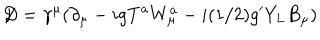
\not { \! \! D } = \gamma ^ { \mu } ( \partial _ { \mu } - i g T ^ { a } W _ { \mu } ^ { a } - i ( 1 / 2 ) g ^ { \prime } Y _ { L } B _ { \mu } )